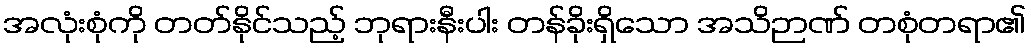
အလုံးစုံကို တတ်နိုင်သည့် ဘုရားနီးပါး တန်ခိုးရှိသော အသိဉာဏ် တစုံတရာ၏